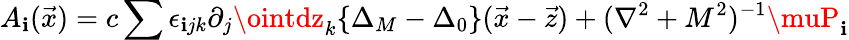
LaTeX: A_{\mathbf{i}}(\vec{{x}})=c\sum\epsilon_{\mathbf{i}jk}\partial_{j}\ointdz_{k}\{ \Delta_{M}-\Delta_{0}\} (\vec{{x}}-\vec{{z}})+(\nabla^{2}+M^{2})^{-1}\muP_{\mathbf{i}}